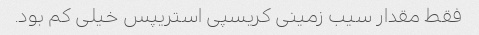
فقط مقدار سیب زمینی کریسپی استریپس خیلی کم بود.